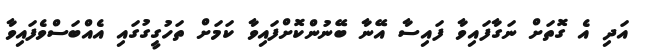
އަދި އެ ގޮތަށް ނަގާފައިވާ ފައިސާ އޭނާ ބޭނުންކޮށްފައިވާ ކަމަށް ތަހުގީގުގައި އެއްބަސްވެފައިވާ